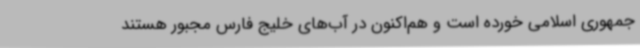
جمهوری اسلامی خورده است و هم‌اکنون در آب‌های خلیج فارس مجبور هستند